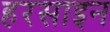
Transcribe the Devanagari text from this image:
हरसाइन